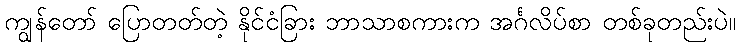
ကျွန်တော် ပြောတတ်တဲ့ နိုင်ငံခြား ဘာသာစကားက အင်္ဂလိပ်စာ တစ်ခုတည်းပဲ။